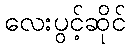
လေးပွင့်ဆိုင်